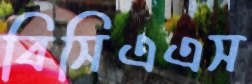
বিসিএএস